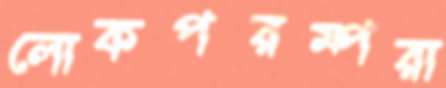
লোকপরম্পরা